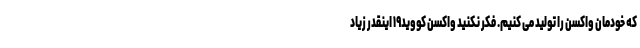
که خودمان واکسن را تولید می کنیم. فکر نکنید واکسن کووید۱۹ اینقدر زیاد